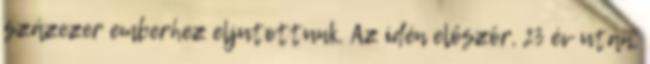
százezer emberhez eljutottunk. Az idén először, 23 év után,